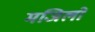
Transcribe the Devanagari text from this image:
मजिलों